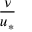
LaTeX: \frac { \nu } { u _ { * } }